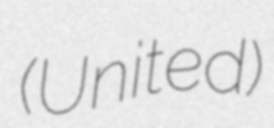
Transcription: (United)